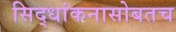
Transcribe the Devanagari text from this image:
सिद्धांकनासोबतच